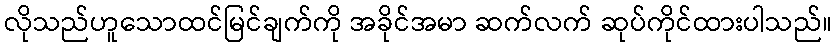
လိုသည်ဟူသောထင်မြင်ချက်ကို အခိုင်အမာ ဆက်လက် ဆုပ်ကိုင်ထားပါသည်။